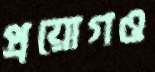
প্রয়োগও